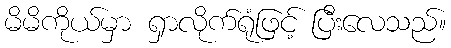
မိမိကိုယ်မှာ ရှာလိုက်ရုံဖြင့် ပြီးလေသည်။